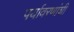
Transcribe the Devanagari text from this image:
पर्यावरणांशी